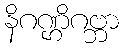
နိဂဏ္ဌိဂဗ္ဘာ